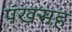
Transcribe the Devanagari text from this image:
पंखसह